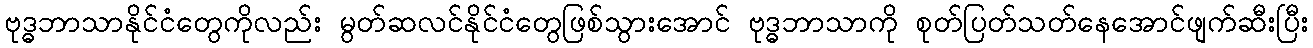
ဗုဒ္ဓဘာသာနိုင်ငံတွေကိုလည်း မွတ်ဆလင်နိုင်ငံတွေဖြစ်သွားအောင် ဗုဒ္ဓဘာသာကို စုတ်ပြတ်သတ်နေအောင်ဖျက်ဆီးပြီး